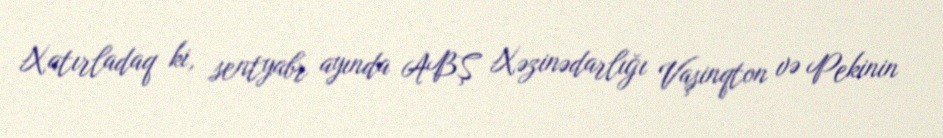
Xatırladaq ki, sentyabr ayında ABŞ Xəzinədarlığı Vaşinqton və Pekinin